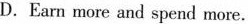
D.Earn more and spend more.